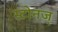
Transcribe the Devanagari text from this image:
स्टोनज्